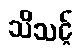
သိသင့်